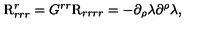
\mathrm { \boldmath { R } } _ { r r r } ^ { r } = G ^ { r r } \mathrm { \boldmath { R } } _ { r r r r } = - \partial _ { \rho } \lambda \partial ^ { \rho } \lambda ,